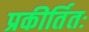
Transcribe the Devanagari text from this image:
प्रकीर्तितः